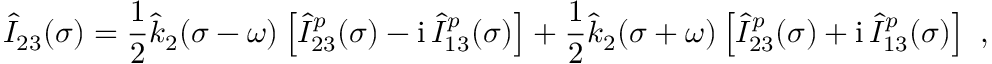
\hat { I } _ { 2 3 } ( \sigma ) = \frac 1 2 \hat { k } _ { 2 } ( \sigma - \omega ) \left[ \hat { I } _ { 2 3 } ^ { p } ( \sigma ) - \mathrm { i } \, \hat { I } _ { 1 3 } ^ { p } ( \sigma ) \right] + \frac 1 2 \hat { k } _ { 2 } ( \sigma + \omega ) \left[ \hat { I } _ { 2 3 } ^ { p } ( \sigma ) + \mathrm { i } \, \hat { I } _ { 1 3 } ^ { p } ( \sigma ) \right] \ ,